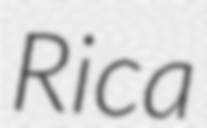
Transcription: Rica